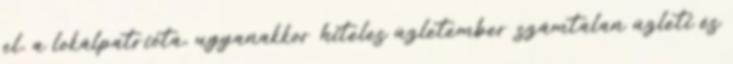
el, a lokálpatrióta, ugyanakkor hiteles üzletember számtalan üzleti és